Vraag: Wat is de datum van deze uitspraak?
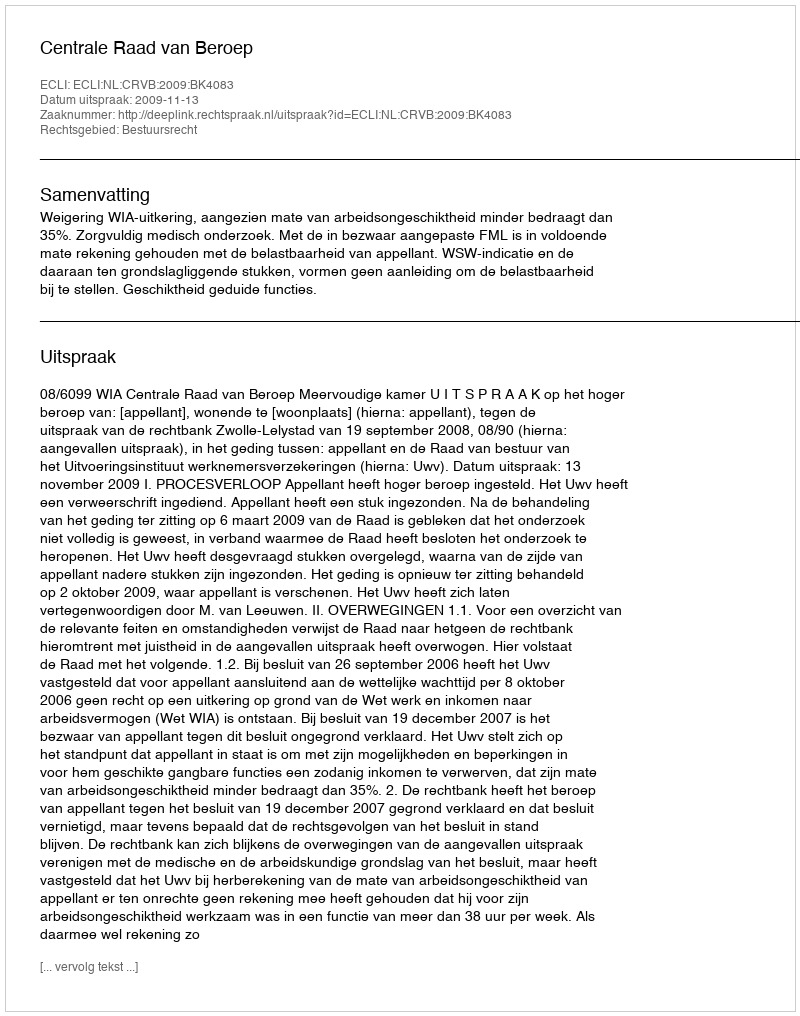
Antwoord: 2009-11-13